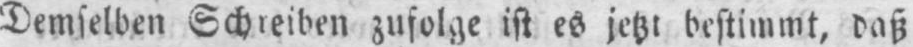
Demselben Schreiben zufolge ist es jetzt bestimmt, daß